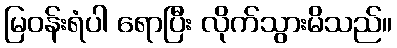
မြဝန်းရံပါ ရောပြီး လိုက်သွားမိသည်။